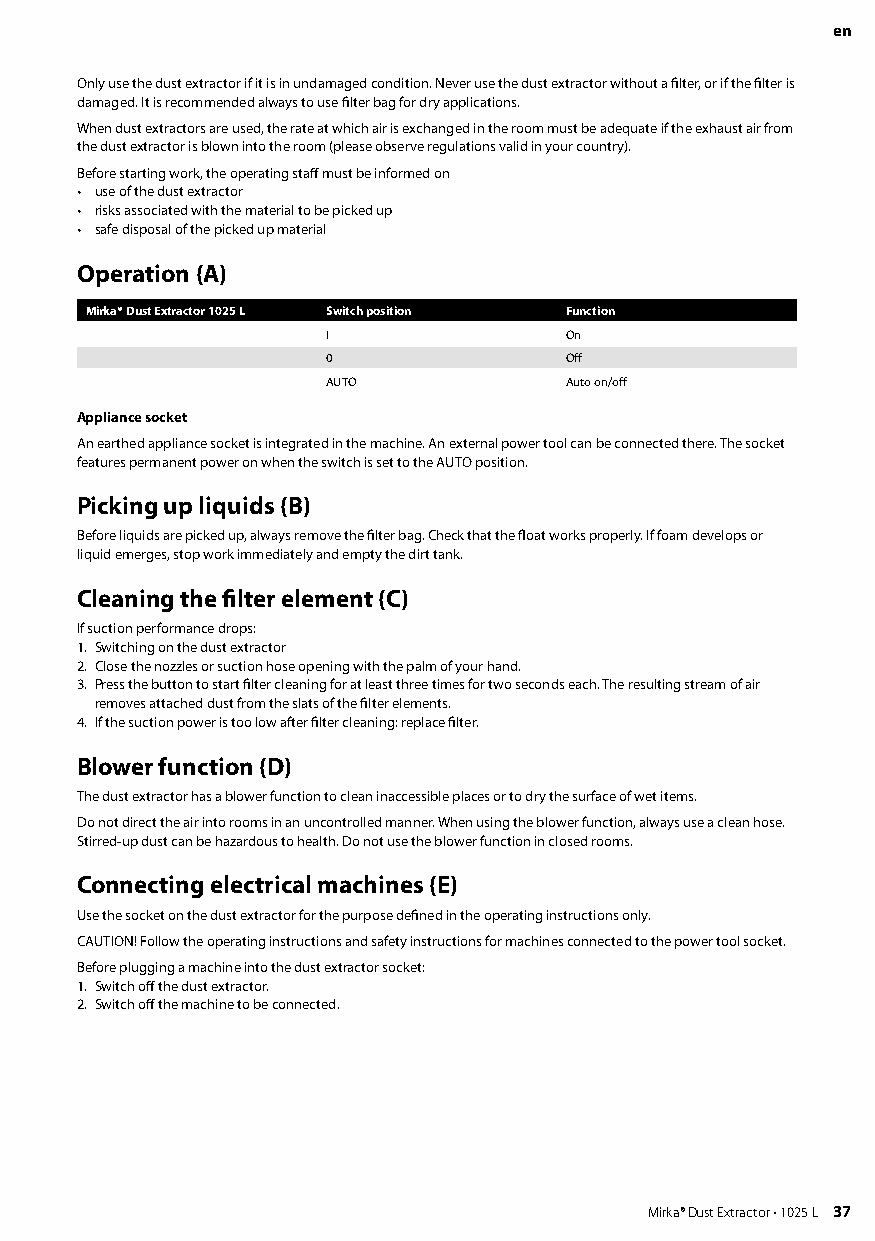
en
 Only use the dust extractor if it is in undamaged condition Never use the dust extractor without a filter, or if the filter is
 damaged It is recommended always to use filter bag for dry applications
 When dust extractors are used, the rate at which air is exchanged in the room must be adequate if the exhaust air from
 the dust extractor is blown into the room (please observe regulations valid in your country)
 Before starting work, the operating staff must be informed on
 • use of the dust extractor
 • risks associated with the material to be picked up
 • safe disposal of the picked up material
 Operation (A)
 Mirka® Dust Extractor 1025 L Switch position Function
 I              On
 0              Off
 AUTO           Auto on/off
 Appliance socket
 An earthed appliance socket is integrated in the machine An external power tool can be connected there The socket
 features permanent power on when the switch is set to the AUTO position
 Picking up liquids (B)
 Before liquids are picked up, always remove the filter bag Check that the float works properly If foam develops or
 liquid emerges, stop work immediately and empty the dirt tank
 Cleaning the filter element (C)
 If suction performance drops:
 1 Switching on the dust extractor
 2 Close the nozzles or suction hose opening with the palm of your hand
 3 Press the button to start filter cleaning for at least three times for two seconds each The resulting stream of air
 removes attached dust from the slats of the filter elements
 4 If the suction power is too low after filter cleaning: replace filter
 Blower function (D)
 The dust extractor has a blower function to clean inaccessible places or to dry the surface of wet items
 Do not direct the air into rooms in an uncontrolled manner When using the blower function, always use a clean hose
 Stirred-up dust can be hazardous to health Do not use the blower function in closed rooms
 Connecting electrical machines (E)
 Use the socket on the dust extractor for the purpose defined in the operating instructions only
 CAUTION! Follow the operating instructions and safety instructions for machines connected to the power tool socket
 Before plugging a machine into the dust extractor socket:
 1 Switch off the dust extractor
 2 Switch off the machine to be connected
 36 Mirka® Dust Extractor • 1025 L          Mirka® Dust Extractor • 1025 L 37